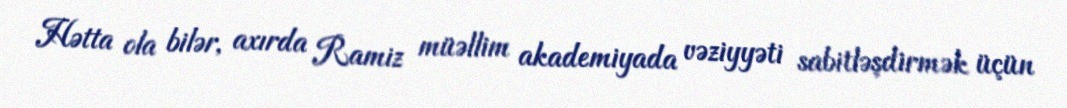
Hətta ola bilər, axırda Ramiz müəllim akademiyada vəziyyəti sabitləşdirmək üçün